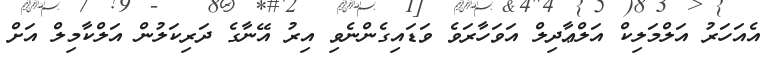
އެއަހަރު އަލްމަލިކް އަލްޢާދިލް އަވަހާރަވެ ވަޑައިގެންނެވި އިރު އޭނާގެ ދަރިކަލުން އަލްކާމިލް އަށް